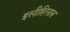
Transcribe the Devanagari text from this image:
इसीहिसाब